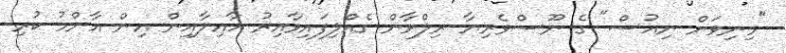
"މިނިވަން ނިއުސް" ގެ ނޫސްވެރިޔާ ރިލްވާން ގެއްލިފައިވާއިރު އާއިލާއިން އިން އާންމު ކުރި